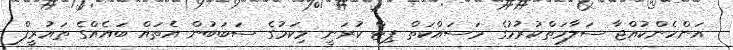
އަންހެންކުއްޖާ ސަލާމަތްކުރުމުގެ މަސައްކަތް ޕިޓް ކުރަނީ މިކަމުގެ ސަބަބުން އެތައް ބައެއްގެ ތައުރީފް